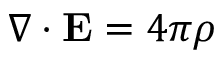
\nabla \cdot \mathbf { E } = 4 \pi \rho